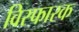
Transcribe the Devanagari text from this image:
विस्फारक